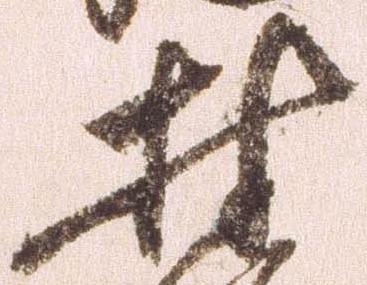
村